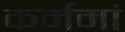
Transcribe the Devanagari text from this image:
कर्ममां